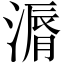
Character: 漘